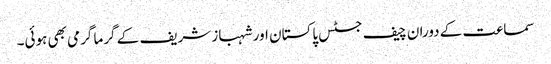
سماعت کے دوران چیف جسٹس پاکستان اور شہباز شریف کے گرما گرمی بھی ہوئی۔